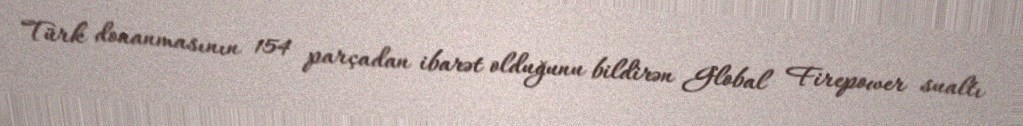
Türk donanmasının 154 parçadan ibarət olduğunu bildirən Global Firepower sualtı